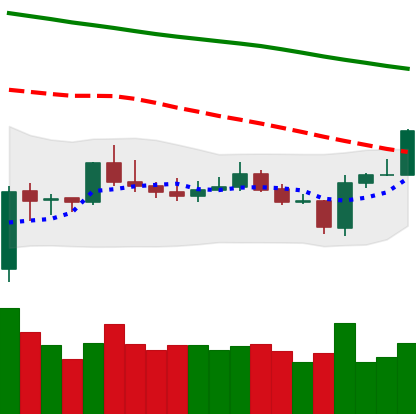
Ticker: BTC-USD
Chart end date: 2020-01-06
Forward return: 3.454%
Label: up_3_5